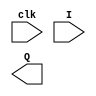
`timescale 1ns / 1ps
//////////////////////////////////////////////////////////////////////////////////
// Company: 
// Engineer: 
// 
// Design Name: 
// Module Name: simple_register
// Project Name: 
// Target Devices: 
// Tool Versions: 
// Description: 
// 
// Dependencies: 
// 
// Revision:
// Revision 0.01 - File Created
// Additional Comments:
// 
//////////////////////////////////////////////////////////////////////////////////


module simple_register
    #(parameter  N =4)
    (
    input clk,
    input [N-1:0] I,
    output [N-1:0] Q
    );
    reg [N-1:0] Q_reg,Q_next; 
    
    always @ (posedge clk)
    begin
        Q_reg<=Q_next;
    end
    
    always @ (I)
    begin
        Q_next = I;
    end
    
    assign A = Q_reg;
    
endmodule